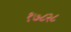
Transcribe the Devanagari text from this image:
१७८२८